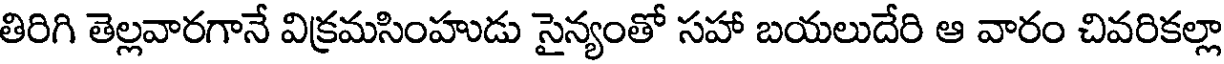
తిరిగి తెల్లవారగానే విక్రమసింహుడు సైన్యంతో సహా బయలుదేరి ఆ వారం చివరికల్లా